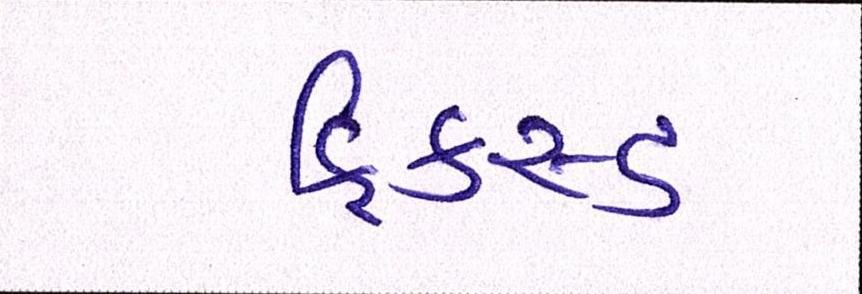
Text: ફિકસ્ડ